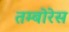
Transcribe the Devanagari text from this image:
तम्बोरेस